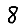
Digit: 8